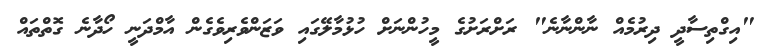
"އިގްތިސާދީ ދިރުމެއް ނާންނާނެ" ރަށްރަށުގެ މީހުންނަށް ހުޅުމާލޭގައި ވަޒަންވެރިވެގެން އާމްދަނީ ހޯދާނެ ގޮތްތައް